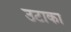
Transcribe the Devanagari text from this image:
उटाका